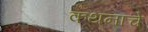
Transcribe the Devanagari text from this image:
कथनाचे